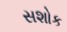
સશોક